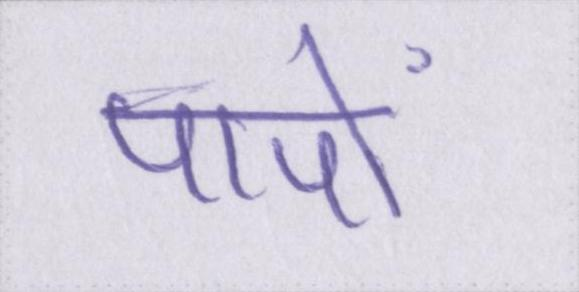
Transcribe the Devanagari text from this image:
पापों